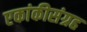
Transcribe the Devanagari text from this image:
एकांकीसंग्रह